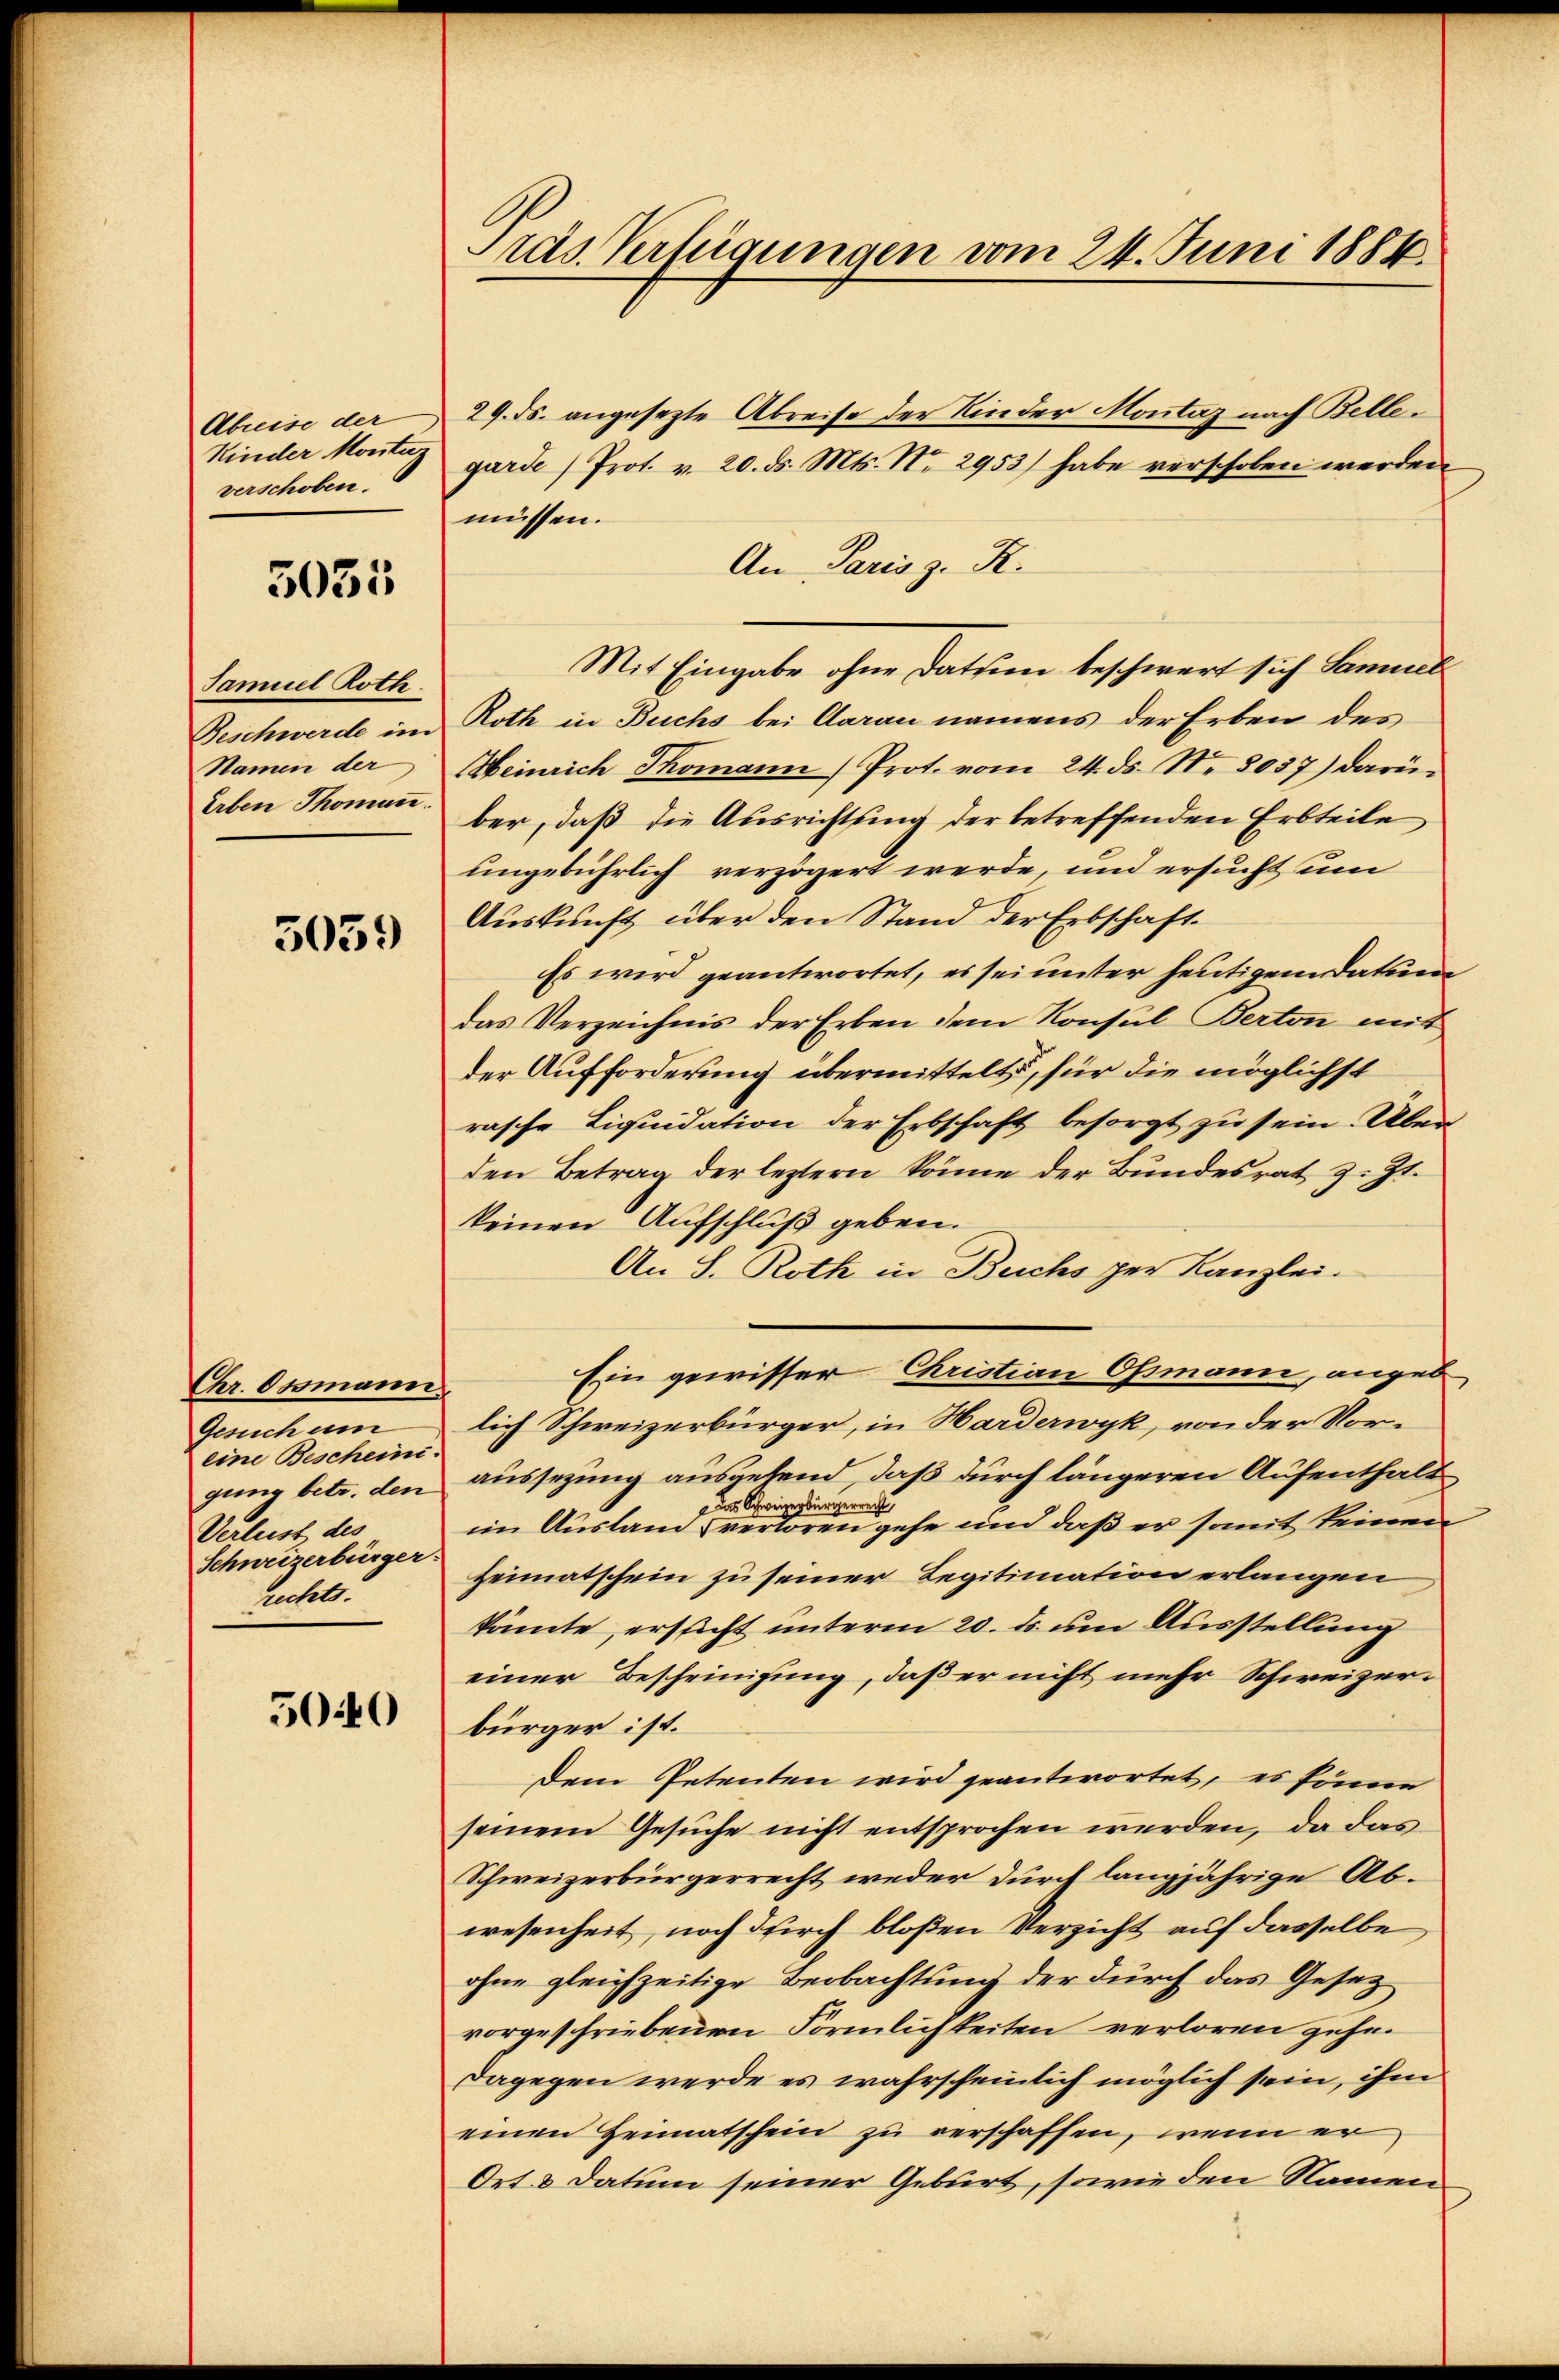
Abreise der
Kinder Montag
verschoben.

5035

Samuel Roth.
Beschwerde im
Namen der
Erben Thomann.

3059

Chr. Ossmann.
Gesuch um
eine Bescheinigung betr. den
Verleist des
Schweizerbürger.
rechts.

5040

Präs. Verfügungen vom 24. Juni 1884.

29. ds. angesezte Abreise der Kinder Montag nach Bellegarde) Prot. v. 20. ds. Mts. No. 2953) habe verschoben werden
müssen.
An Paris z. R.
Mit Eingabe ohne Datum beschwert sich Samuel
Roth in Buchs bei Aarau namens der Erben des
Heinrich Thomann Prot. vom 24. ds. Nr. 8057) darüber, daß die Ausrichtung der betreffenden Erbteile
ungebührlich verzögert werde, und ersucht um
Auskunft über den Stand der Erbschaft
Es wird geantwortet, es sei unter heutigem Datum
das Verzeichnis der Erben dem Konsul Berton mit
der Aufforderung übermittelt, für die möglichst
rasche Liquidation der Erbschaft besorgt zu sein. Über
den Betrag der leztern könne der Bundesrat z. Zt.
keinen Aufschluß geben.
An S. Roth in Buchs per Kanzlei.
Ein gewisser Christian Osmann, angeb
lich Schweizerbürger, in Harderwyk, von der Voraussezung ausgehend, daß durch längeren Aufenthalt
 das Schweizerbürgerrecht
im Ausland verloren gehe und daß er somit keinen
Heimatschein zu seiner Legitimation erlangen
könnte, ersucht unterm 20. ds. um Ausstellung
einer Bescheinigung, daß er nicht mehr Schweizerbürger ist.
Dem Petenten wird geantwortet, es könne
seinem Gesuche nicht entsprochen werden, da das
Schweizerbürgerrecht weder durch langjährige Abwesenheit, noch durch bloßen Verzicht auf dasselbe
ohne gleichzeitige Beobachtung der durch das Gesetz
vorgeschriebenen Förmlichkeiten verloren gehe.
dagegen werde es wahrscheinlich möglich sein, ihm
einen Heimatschein zu verschaffen, wenn er
Ort & Datum seiner Geburt, sowie den Namen